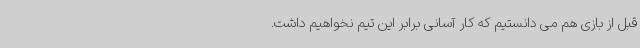
قبل از بازی هم می دانستیم که کار آسانی برابر این تیم نخواهیم داشت.